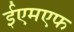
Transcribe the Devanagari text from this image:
ईएमएफ